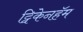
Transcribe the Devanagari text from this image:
ट्विकेनहॅम